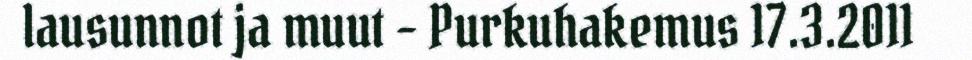
lausunnot ja muut – Purkuhakemus 17.3.2011